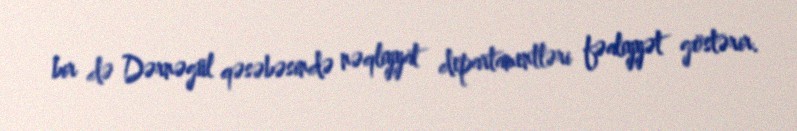
bir də Dərnəgül qəsəbəsində nəqliyyat departamentləri fəaliyyət göstərir.